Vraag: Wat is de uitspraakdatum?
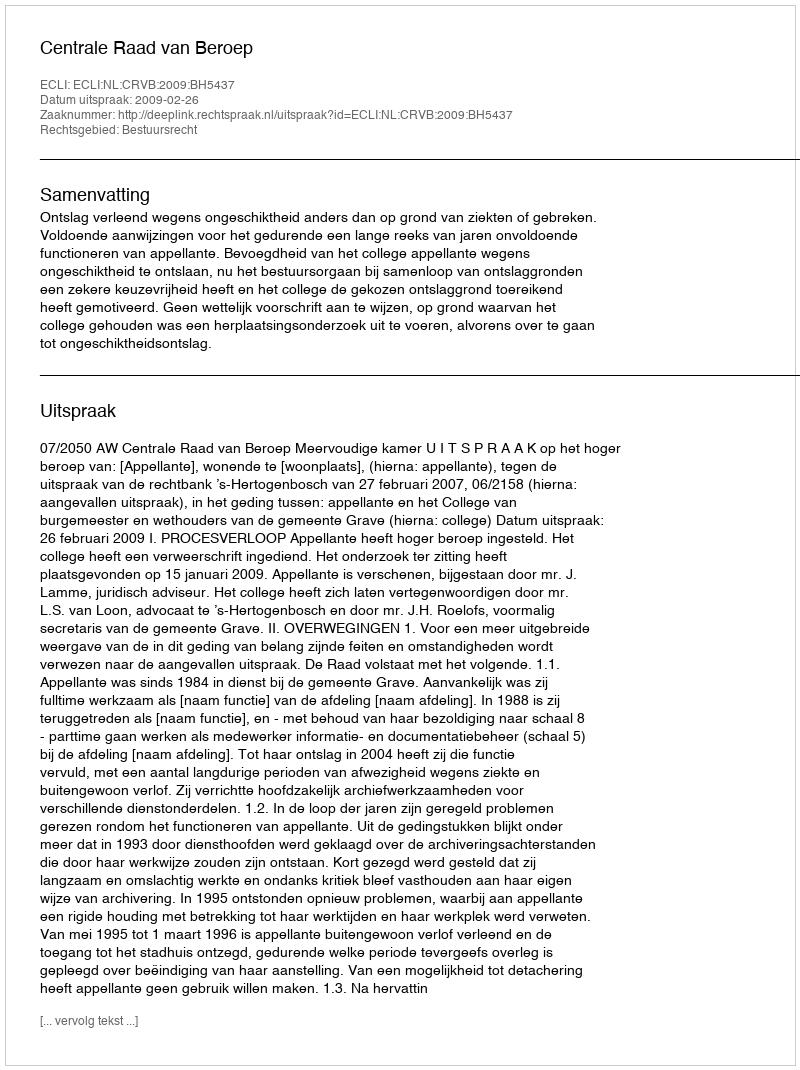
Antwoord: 2009-02-26